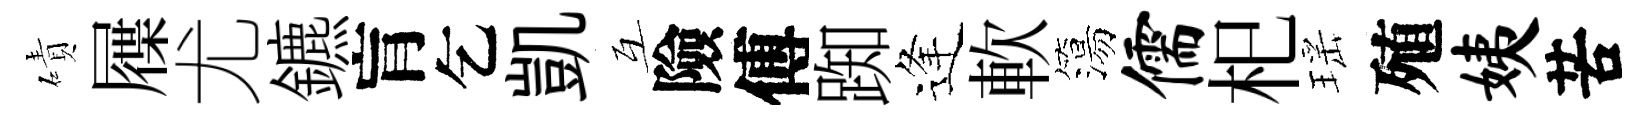
磧屧尤鑣肓乞凱互險傅踟逢軟簜儒𣏌瑶殖姨苦